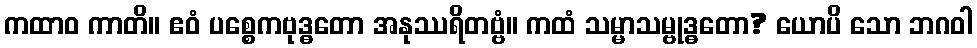
ကထာဝ ကာတိ။ ဧဝံ ပစ္စေကဗုဒ္ဓတော အနုဿရိတဗ္ဗံ။ ကထံ သမ္မာသမ္ဗုဒ္ဓတော? ယောပိ သော ဘဂဝါ